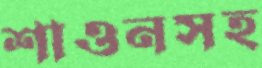
শাওনসহ